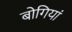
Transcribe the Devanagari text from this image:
बोगियां